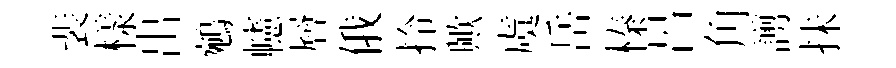
裴樣出鵷幰層俄拎歟虞岳榛呂角謭抺